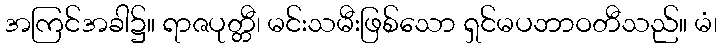
အကြင်အခါ၌။ ရာဇပုတ္တီ၊ မင်းသမီးဖြစ်သော ရှင်မပဘာဝတီသည်။ မံ၊